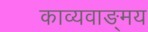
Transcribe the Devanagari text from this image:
काव्यवाङ्‌मय